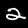
Digit: 2